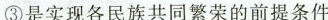
③是实现各民族共同繁荣的前提条件